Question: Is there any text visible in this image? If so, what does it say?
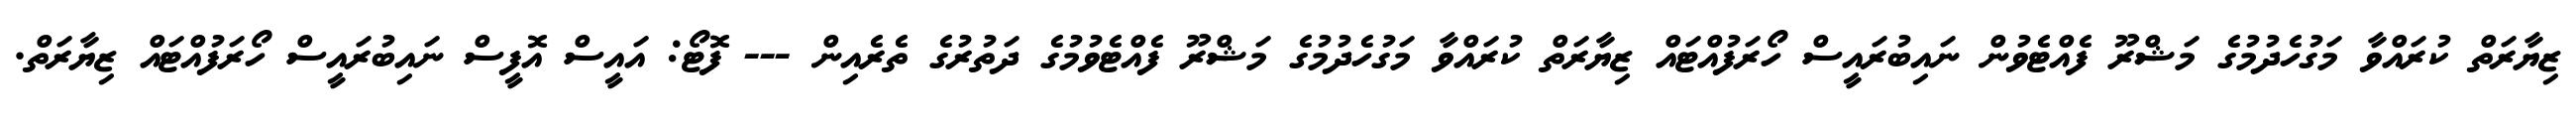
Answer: ޒިޔާރަތް ކުރައްވާ މަގުހެދުމުގެ މަޝްރޫ ފެއްޓެވުން ނައިބުރައީސް ހޯރަފުއްޓައް ޒިޔާރަތް ކުރައްވާ މަގުހެދުމުގެ މަޝްރޫ ފެއްޓެވުމުގެ ދަތުރުގެ ތެރެއިން --- ފޮޓޯ: އައީސް އޮފީސް ނައިބުރައީސް ހޯރަފުއްޓައް ޒިޔާރަތް.